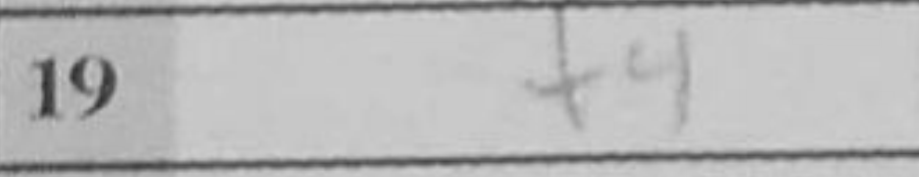
Transcription: f4